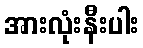
အားလုံးနီးပါး